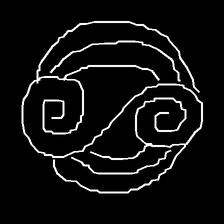
Glyph: wind-underfoot